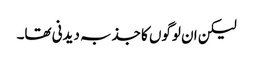
لیکن ان لوگوں کا جذبہ دیدنی تھا۔